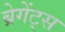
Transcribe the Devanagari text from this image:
ब्रेगेंट्स